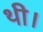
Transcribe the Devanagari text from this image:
थी।